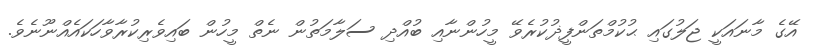
އޭގެ މާނައަކީ ޖަލުގައި ޙުކުމްތަންފީޛުކުރެވޭ މީހުންނާއި ބުއްދި ސަލާމަތުން ނެތް މީހުން ބައިވެރިކުރާވާހަކައެއްނޫނެވެ.